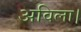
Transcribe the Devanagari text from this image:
अविला।